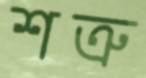
শত্রু